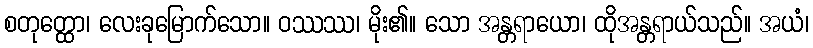
စတုတ္ထော၊ လေးခုမြောက်သော။ ဝဿဿ၊ မိုး၏။ သော အန္တရာယော၊ ထိုအန္တရာယ်သည်။ အယံ၊